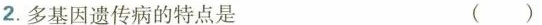
2.多基因遗传病的特点是 ()